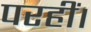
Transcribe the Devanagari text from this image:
परहीं।